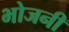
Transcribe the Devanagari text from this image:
भोजनी